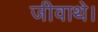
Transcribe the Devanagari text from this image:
जीवाथे।